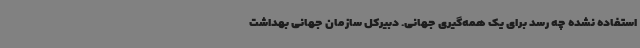
استفاده نشده چه رسد برای یک همه‌گیری جهانی. دبیرکل سازمان جهانی بهداشت